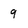
Character: q